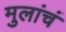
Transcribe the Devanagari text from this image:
मुलांचं